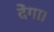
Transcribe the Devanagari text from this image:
देंगा।